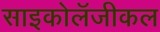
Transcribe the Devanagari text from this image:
साइकोलॅजीकल